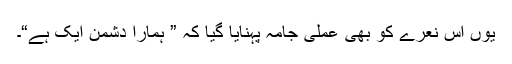
یوں اس نعرے کو بھی عملی جامہ پہنایا گیا کہ ” ہمارا دشمن ایک ہے“۔